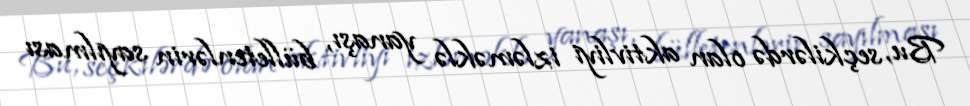
Bu, seçkilərdə olan aktivliyi izləməklə yanaşı, bülletenlərin sayılması